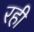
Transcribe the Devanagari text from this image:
रही